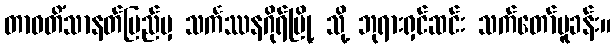
တာဝတိံသာနတ်ပြည်မှ သင်္ကဿနဂိုရ်မြို့ သို့ ဘုရားရှင်ဆင်း သက်တော်မူခန်း။